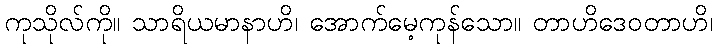
ကုသိုလ်ကို။ သာရိယမာနာဟိ၊ အောက်မေ့ကုန်သော။ တာဟိဒေဝတာဟိ၊